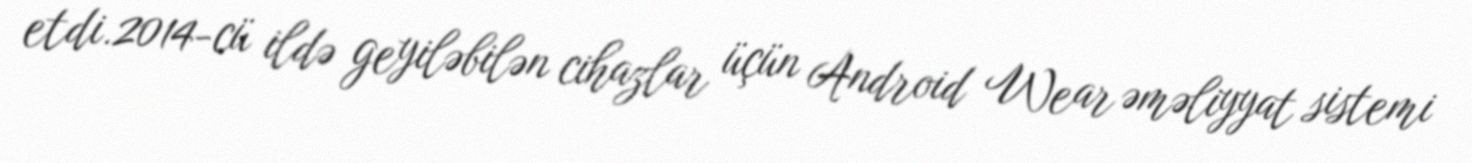
etdi.2014-cü ildə geyiləbilən cihazlar üçün Android Wear əməliyyat sistemi